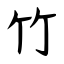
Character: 竹